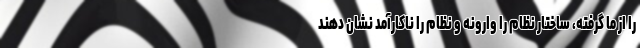
را از ما گرفته، ساختار نظام را وارونه و نظام را ناکارآمد نشان دهند